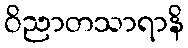
ဝိညာတသာရာနိ